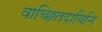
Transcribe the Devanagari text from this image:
वाच्छितदायिनि